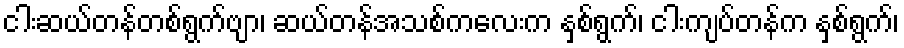
ငါးဆယ်တန်တစ်ရွက်ဗျာ၊ ဆယ်တန်အသစ်ကလေးက နှစ်ရွက်၊ ငါးကျပ်တန်က နှစ်ရွက်၊